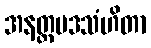
အနတ္ထပဒသံဟိတာ